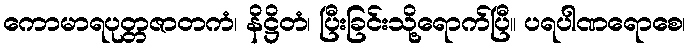
ကောမာရပုတ္တဇာတကံ၊ နိဋ္ဌိတံ၊ ပြီးခြင်းသို့ရောက်ပြီ။ ပရပါဏရောစေ၊